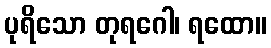
ပုရိသော တုရဂေါ၊ ရထော။